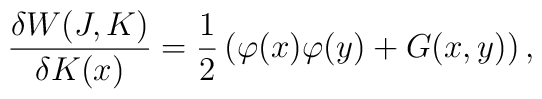
\frac{\delta W(J,K)}{\delta K(x)}=\frac{1}{2}\left( \varphi(x) \varphi(y)+ G(x,y)\right),